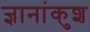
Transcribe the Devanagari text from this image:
ज्ञानांकुश